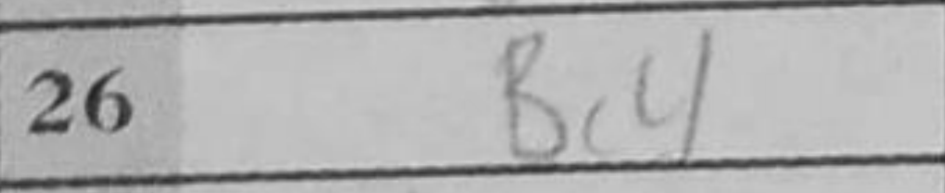
Transcription: Bc4